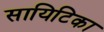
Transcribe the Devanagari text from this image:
सायिटिका